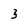
Character: 3